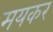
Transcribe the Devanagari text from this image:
मयकर